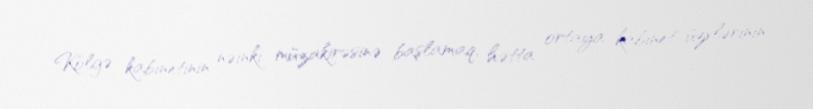
Kölgə kabinetinin nəinki müzakirəsinə başlamaq, hətta ortaya kabinet üzvlərinin